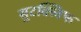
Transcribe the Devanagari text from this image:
सुटक्लिफ